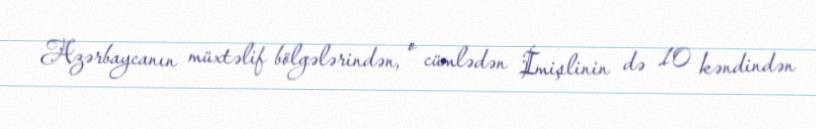
Azərbaycanın müxtəlif bölgələrindən, o cümlədən İmişlinin də 10 kəndindən